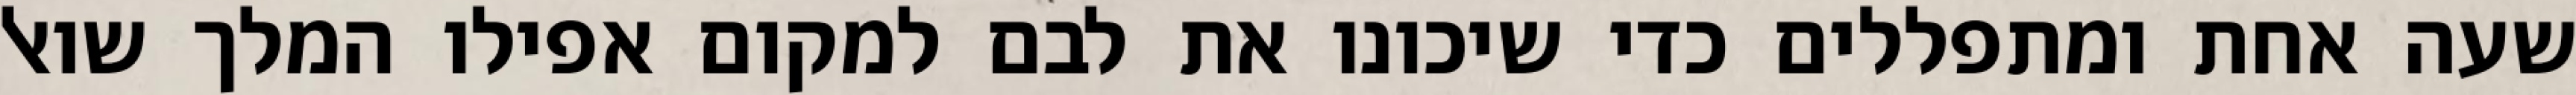
שעה אחת ומתפללים כדי שיכונו את לבם למקום אפילו המלך שואל